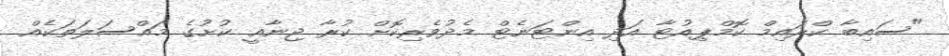
"ސައިބާ ކްރައިމް ކޮމްޕިއުޓާ އަދި އިންޓަނެޓް މެދުވެރިކޮށް ކުރާ ޖިނާއީ ކުށުގެ މައްސަލަތަކެއް